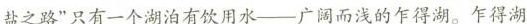
盐之路”只有一个湖泊有饮用水--广阔而浅的乍得湖。乍得湖